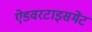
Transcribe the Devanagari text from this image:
ऐडवरटाइसमेंट